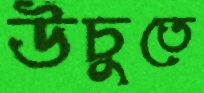
উঁচুতে